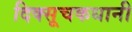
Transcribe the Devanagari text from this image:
दिक्सूचकधानी